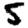
Digit: 5